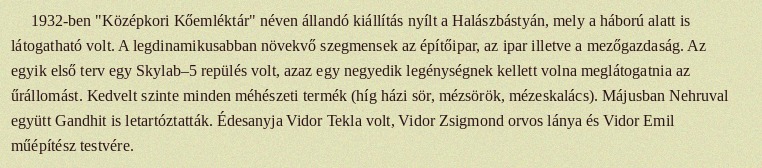
1932-ben "Középkori Kőemléktár" néven állandó kiállítás nyílt a Halászbástyán, mely a háború alatt is látogatható volt. A legdinamikusabban növekvő szegmensek az építőipar, az ipar illetve a mezőgazdaság. Az egyik első terv egy Skylab–5 repülés volt, azaz egy negyedik legénységnek kellett volna meglátogatnia az űrállomást. Kedvelt szinte minden méhészeti termék (híg házi sör, mézsörök, mézeskalács). Májusban Nehruval együtt Gandhit is letartóztatták. Édesanyja Vidor Tekla volt, Vidor Zsigmond orvos lánya és Vidor Emil műépítész testvére.